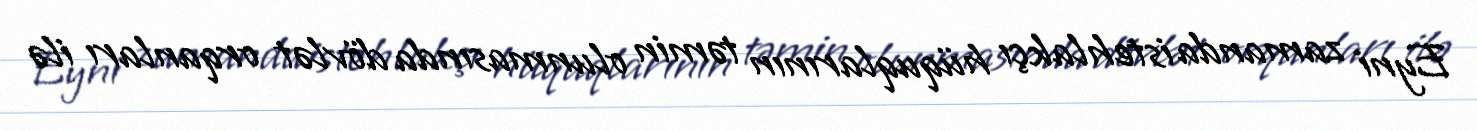
Eyni zamanda istehlakçı hüquqlarının təmin olunmasında dövlət orqanları ilə